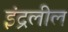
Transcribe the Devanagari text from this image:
इंद्रलील